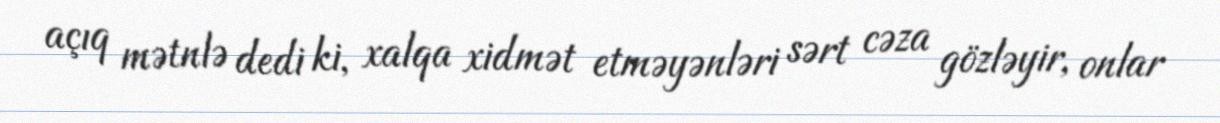
açıq mətnlə dedi ki, xalqa xidmət etməyənləri sərt cəza gözləyir, onlar